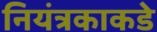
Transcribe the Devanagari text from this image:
नियंत्रकाकडे